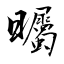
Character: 曯